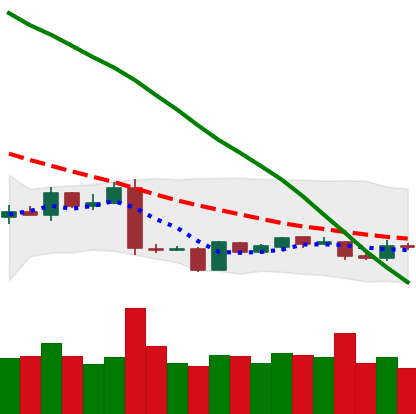
Ticker: EOS-USD
Chart end date: 2019-01-23
Forward return: -7.778%
Label: down_7plus